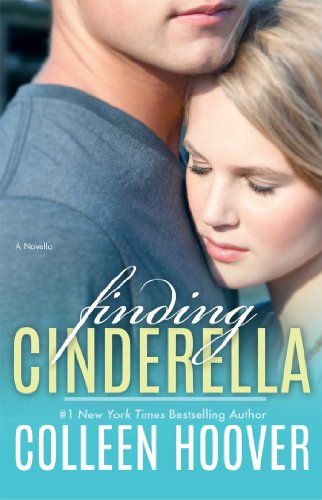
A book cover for Finding Cinderella: A Novella; Colleen Hoover; Romance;